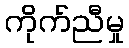
ကိုက်ညီမှု